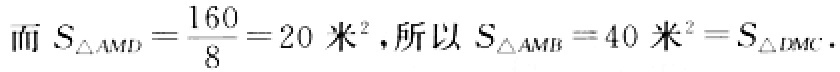
而 \(S_{\triangle AMD}=\frac{160}{8}=20\ 米^{2}\)，所以 \(S_{\triangle AMB}=40\ 米^{2}=S_{\triangle DMC}\)。